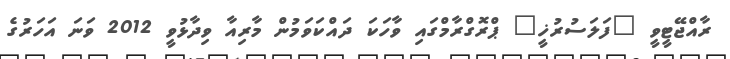
ރާއްޖޭޓީވީ "ފަލަސުރުޚީ" ޕްރޮގްރާމްގައި ވާހަކަ ދައްކަވަމުން މާރިއާ ވިދާޅުވީ 2012 ވަނަ އަހަރުގެ